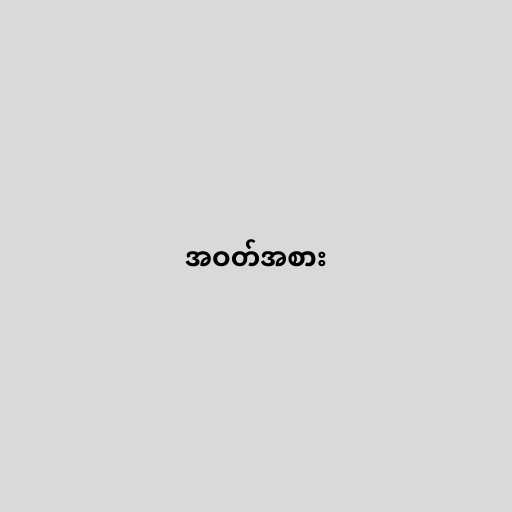
အဝတ်အစား